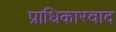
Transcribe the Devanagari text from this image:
प्राधिकारवाद